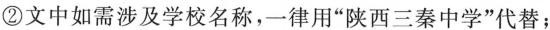
②文中如需涉及学校名称，一律用”陕西三秦中学”代替；